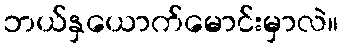
ဘယ်နှယောက်မောင်းမှာလဲ။